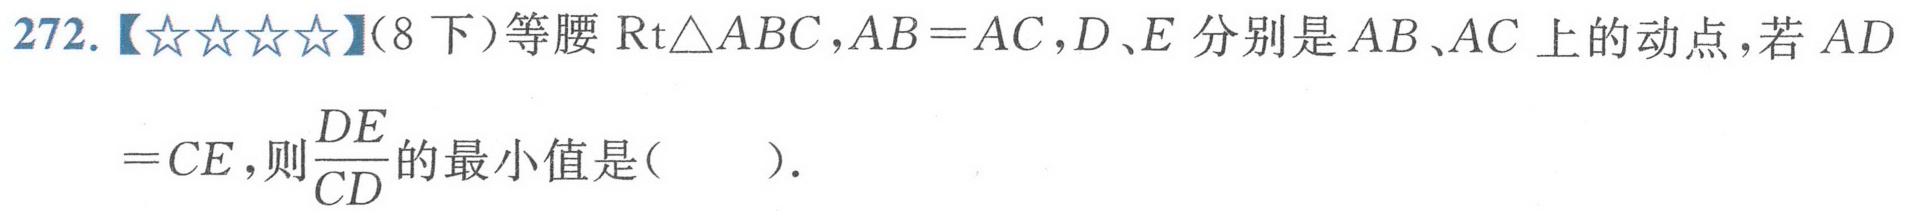
272.【★★★★】（8下）等腰 \(\text{Rt}\triangle ABC\)，\(AB = AC\)，\(D\)、\(E\) 分别是 \(AB\)、\(AC\) 上的动点，若 \(AD = CE\)，则\(\frac{DE}{CD}\)的最小值是(  ).